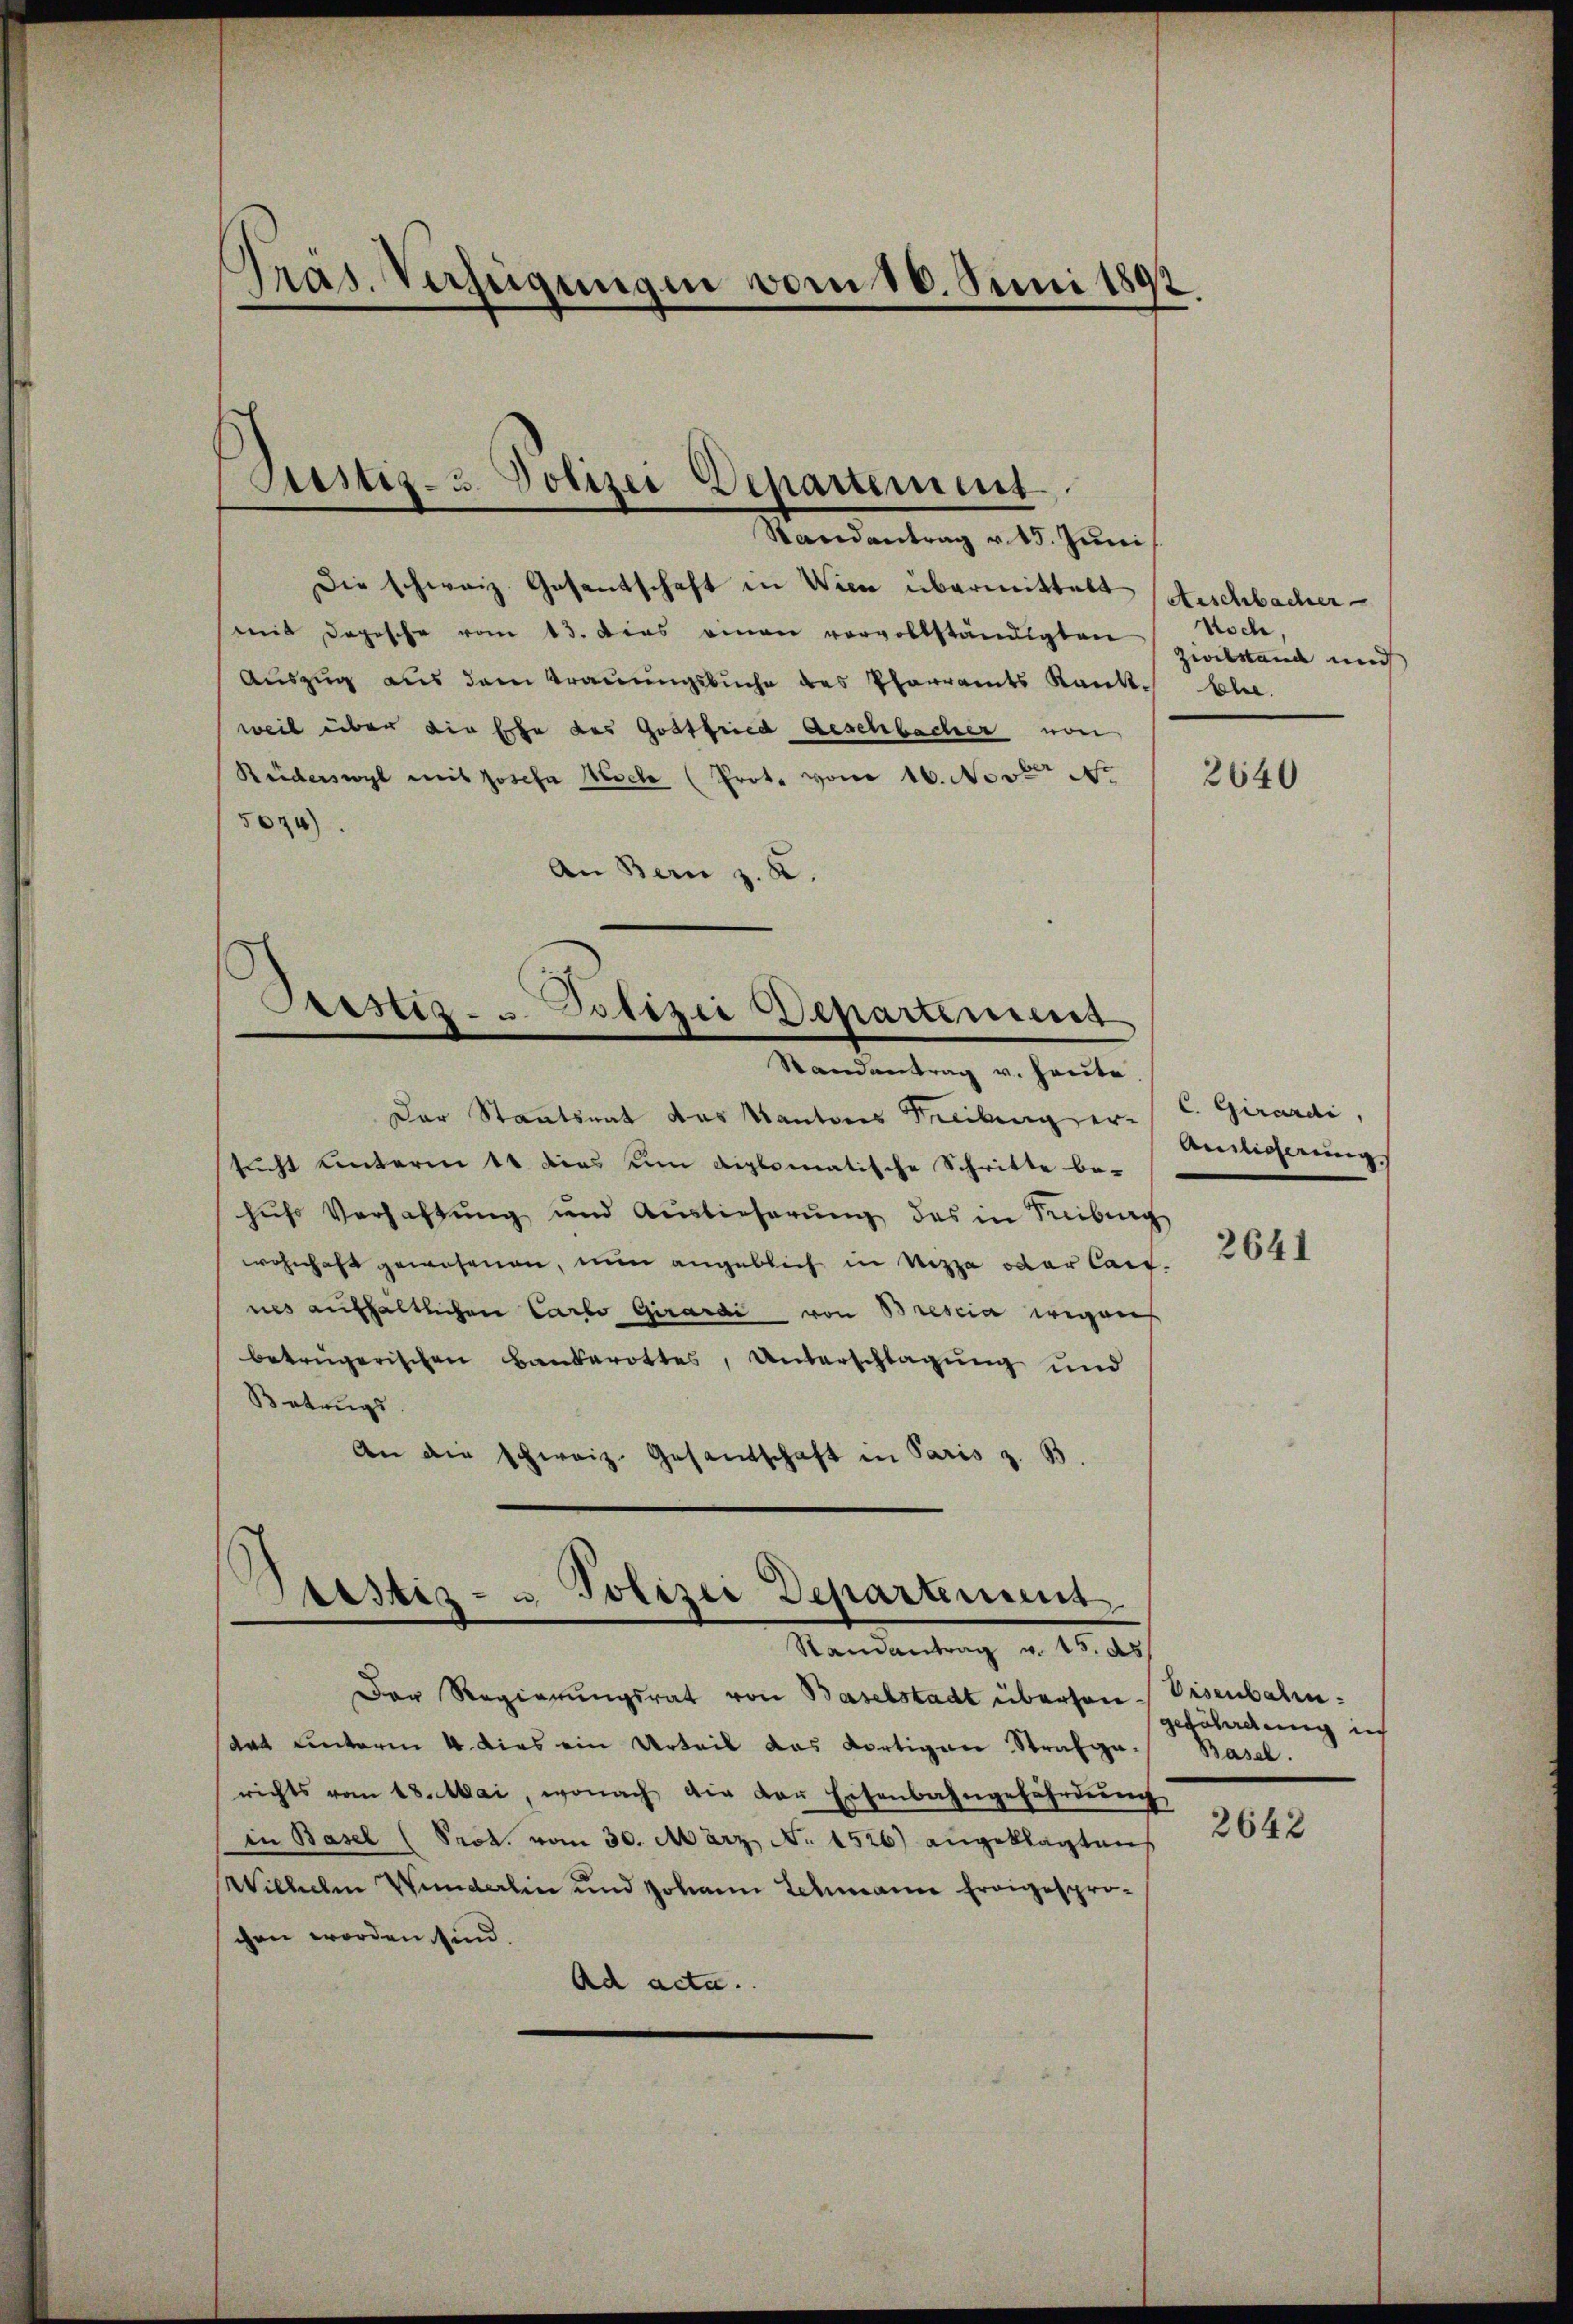
Tras. Verfügungen vom 16. Juni 1892

Randantrag v. 15. Juni
Die schweiz. Gesandtschaft in Wien übermittelt satischbacher
mit Deposche vom 13. Dies einen vorvollständigten
Auszug aus dem Trauungsbuche des Pfarramts Rank. Ehe.
weil über die Ehe des Gottfried Geschbacher von
Rüderswyl mit Josefa Nesche (Prot. vom 16. Novt No.
524)
An Bern z. K.

Justiz- u. Polizei Departement.

Prestiz- u. Polizei Departiniens
Randantrag v. Heute

Bestiz- u Polizei Departiment
Ramantrag v. 15. ds

Noch
Zivilstand und

Der Staatsrat das Kantons Freibung ersucht unterm 11. dies um diplomatische Schritte be-
hufs Verhaltung und Auslieferung des in Freiburg
wohnhaft gewesenen, nun angeblich in Nizza oder Cant
nes aufhaltlichen Carlo Girardi von Brescia wegens
betrügerischen Bankerottes, Unterschlagung und
Betrugs.
An die Schweiz. Gesandschaft in Paris z. B

Der Regierungsrat von Baselstadt überson.
das unterm 4. dies ein Urteil das dortigen Strafgerichts vom 18. Mai, wonach die der Eisenbahngefährdŭng
in Basel (Prot. vom 30. März No. 1526) angeklagten
Wilhelm Wunderlin und Johann Schmann Ereigesprochen worden sind.
Ad acta.

2640

C. Girardi,
Ainlicherung

2641

Disenbahn.
gefährdung in
Basel.

2642